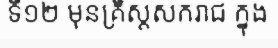
ទី១២ មុនគ្រិស្តសករាជ ក្នុង